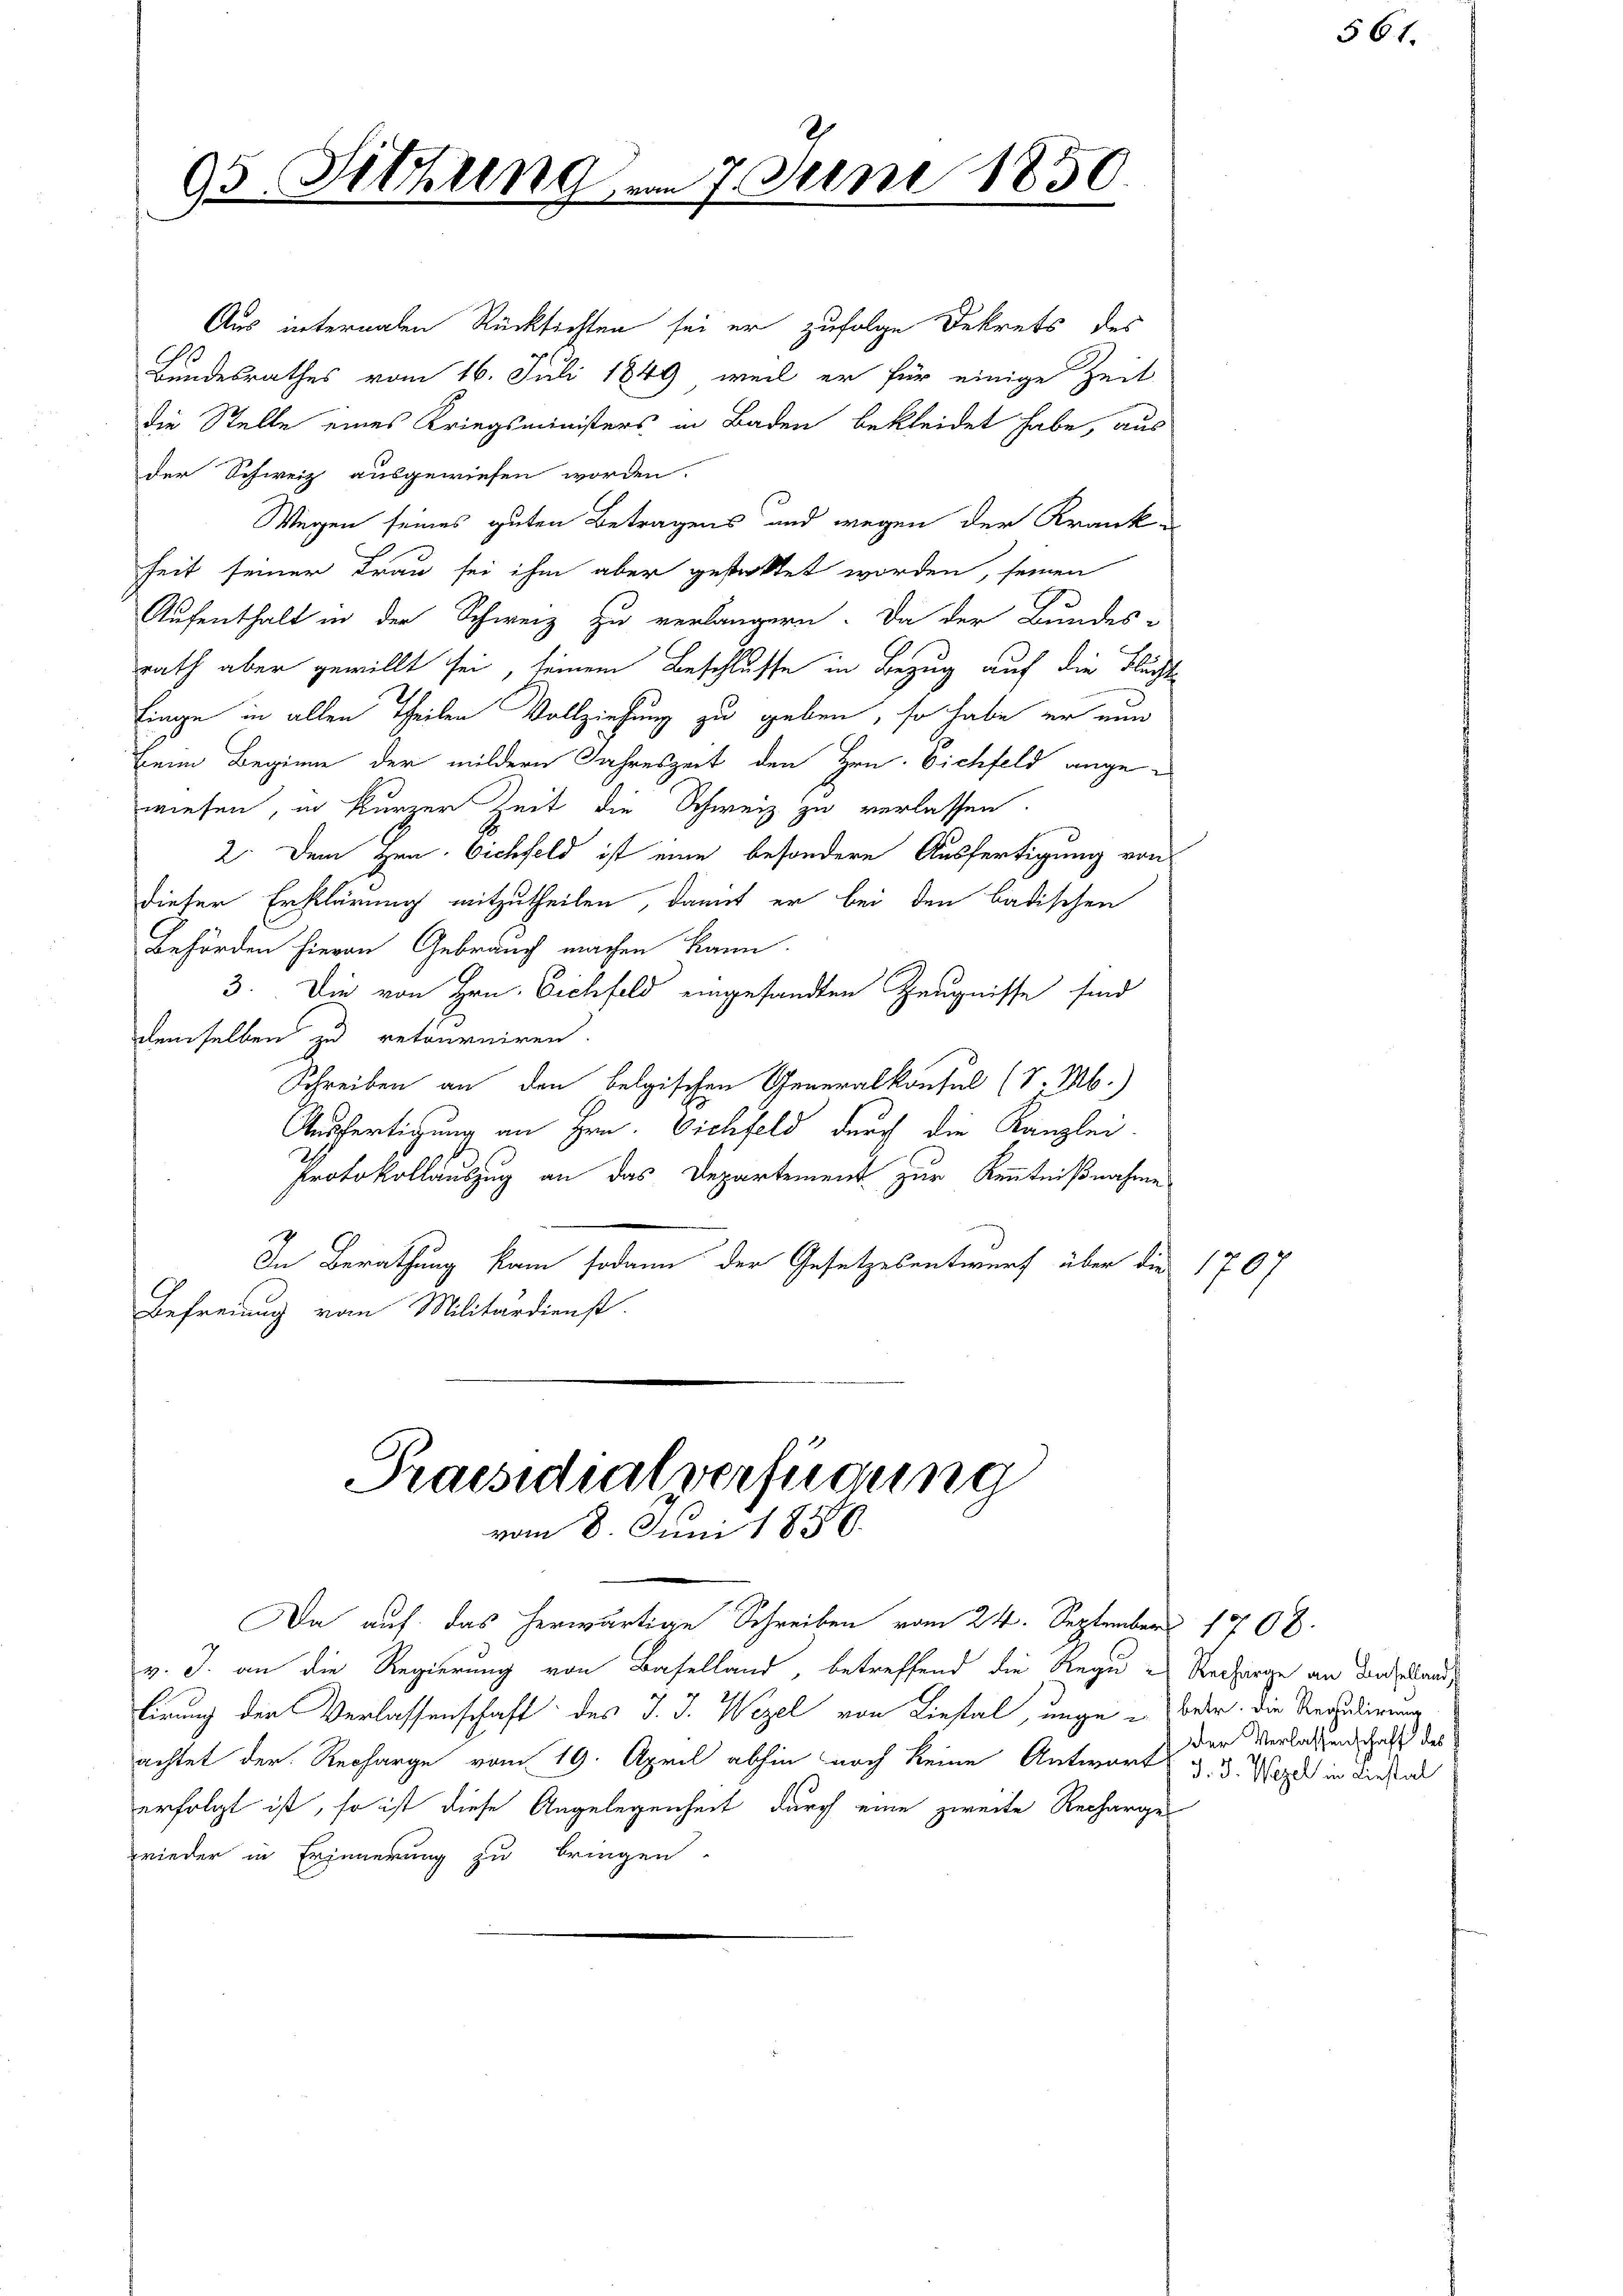
95. Sitzung vom 7. Juni 1850

Praesidialverfügung
vom 8. Juni 1856.

Aus internalen Rücksichten sei er zufolge Dekrets des
10
Bundesrathes vom 16. Juli 1849 weil er für einige Zeit
die Stelle eines Kriegsministers in Baden bekleidet habe, aus
der Schweiz ausgewiesen worden.
Wegen seines guten Betragens und wegen der Kranke
heit seiner Frau sei ihm aber gestattet worden, seinen
Aufenthalt in der Schweiz zu verlängern. Da der Bundes-
rath aber gewillt sei, seinem Beschlusse in Bezug auf die Flücht
linge in allen Theilen Vollziehung zu geben, so habe er nun
Beim Beginne der mildern Jahreszeit den Hrn. Eichfeld angewiesen, in kurzer Zeit die Schweiz zu verlassen.
2. Dem Hrn. Eichfeld ist eine besondere Ausfertigung von
dieser Erklärung mitzutheilen, damit er bei den badischen
Behörden hievon Gebräuch machen kann.
3. Die von Hrn. Eichfeld eingesandten Zeugnisse sind
demselben zu retourniren.
Schreiben an den belgischen Generalkonsul (v. M.)
Ausfertigung an Hrn. Viehfeld durch die Kanzlei-
Protokollauszug an das Departement zur Kenntnißnahme
In Berathung kam sodann der Gesetzesentwurf über die
Befreiung vom Militärdienst.

Da auf das herwärtige Schreiben vom 24. September 1708.
v. J. an die Regierung von Baselland, betreffend die Regu - Recharge an den and
lirung der Verlassenschaft des J. J. Wegel von Liestal, unge u Boden. Die Verzudierung
achtet der Recharge vom 19. April abhin noch keine Antwort §. 3. Wozu in dies al
erfolgt ist, so ist diese Angelegenheit durch eine zweite Recharge
rieder in Erinnerung zu bringen.

1707

Der Verlassenschaft des

561.